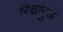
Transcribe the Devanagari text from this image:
रिक्षांमुळे